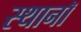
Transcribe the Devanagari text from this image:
स्थानॉ